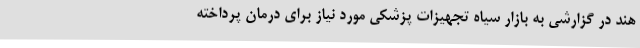
هند در گزارشی به بازار سیاه تجهیزات پزشکی مورد نیاز برای درمان پرداخته